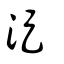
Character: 浞